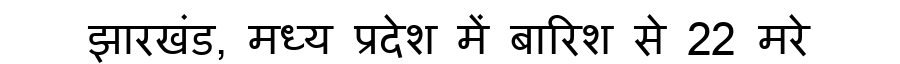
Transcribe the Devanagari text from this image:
झारखंड, मध्य प्रदेश में बारिश से 22 मरे